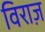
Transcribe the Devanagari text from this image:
विराज़